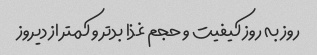
روز به روز کیفیت و حجم غذا بد‌تر و کمتر از دیروز